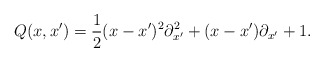
\begin{align*}Q(x,x')=\frac{1}{2}(x-x')^2{\partial}^2_{x'}+(x-x'){\partial}_{x'}+1.\end{align*}